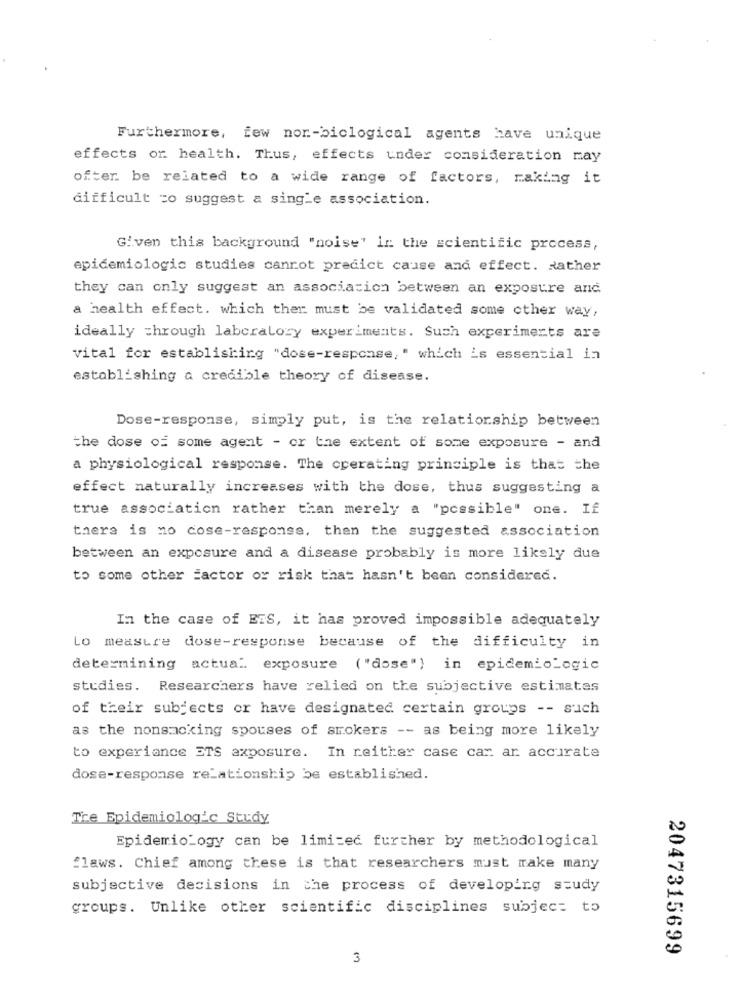
Furthermore, few nor-biclogical agents have unique
effects of health. Thus, effects under consideration may
ofter be related to a wide range of factors, making it
difficult =o suggest a single association.
Given this background "noise' in the scientific process,
epidemiologic studies canrot predict cause and effect. Rather
they can only suggest an association between an exposure and
a health effect. which ther must be validated some other way,
ideally through laboratory experiments. Such experiments are
vital for establishing "dose-response," which is essential in
establishing a credible theory of disease.
Dose-response, simply put, is the relationship between
the dose of some agent - or the extent of some exposure - and
a physiological response. The operating principle is that the
effect naturally increases with the dose, thus suggesting a
true association rather than merely a "possible" one. If
there is no cose-response, then the suggested association
between an exposure and a disease probably is more likely due
to some other =actor or risk that hasn't been considered.
In the case of ETS, it has proved impossible adequately
Lo measure dose-response because of the difficulty in
determining actual. exposure ( "dose") in epidemioLogic
studies. Researchers have relied on the subjective estimates
of their subjects or have designated certain groups -- such
as the nonsacking spouses of smokers -- as being more likely
to experiance ETS exposure. In reither case car ar accurate
dosa-response relationship be established.
Tre Epidemiologic Study
EpidemioLogy can be limited further by methodological
flaws. Chief among these is that researchers must make many
subjective decisions in the process of developing study
groups. Unlike other scientific disciplines subject to
2047315699
3